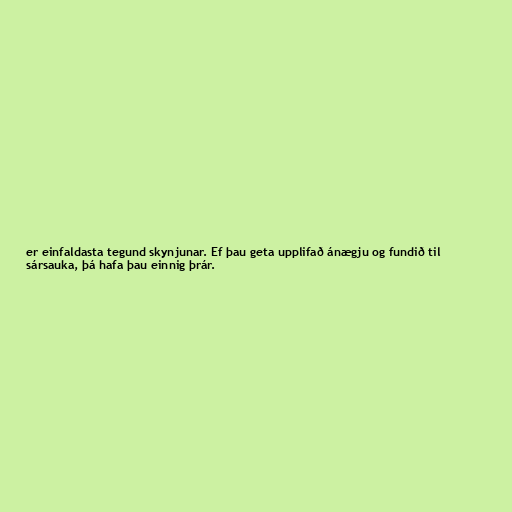
er einfaldasta tegund skynjunar. Ef þau geta upplifað ánægju og fundið til
sársauka, þá hafa þau einnig þrár.